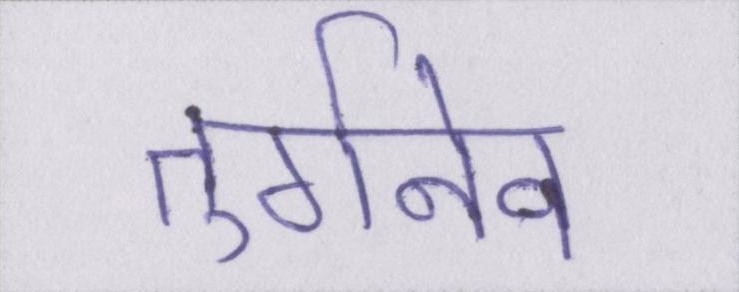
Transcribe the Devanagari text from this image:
तुर्गनेव